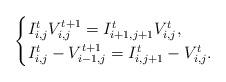
LaTeX: \begin{align*}\begin{cases}I_{i,j}^tV_{i,j}^{t+1}=I_{i+1,j+1}^tV_{i,j}^{t},\\I_{i,j}^t-V_{i-1,j}^{t+1}=I_{i,j+1}^t-V_{i,j}^{t}.\end{cases}\end{align*}